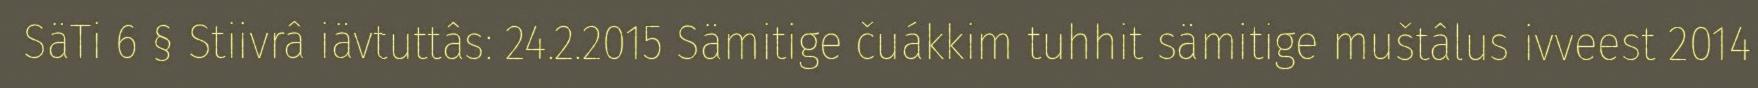
SäTi 6 § Stiivrâ iävtuttâs: 24.2.2015 Sämitige čuákkim tuhhit sämitige muštâlus ivveest 2014